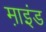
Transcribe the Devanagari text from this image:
म़ाइंड